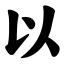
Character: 以